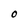
Character: O